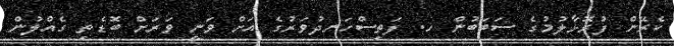
ކެރޭން ފުރޮޅާލުމުގެ ސަބަބުން ހ. ފަތިސްހަނދުވަރުގެ އަށް ވަނީ ވަރަށް ބޮޑެތި ގެއްލުން